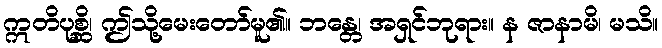
ဣတိပုစ္ဆိ၊ ဤသို့မေးတော်မူ၏။ ဘန္တေ၊ အရှင်ဘုရား။ န ဇာနာမိ၊ မသိ။